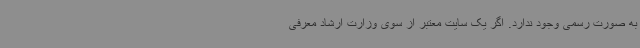
به صورت رسمی وجود ندارد. اگر یک سایت معتبر از سوی وزارت ارشاد معرفی